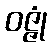
ဝဇ္ဇုံ